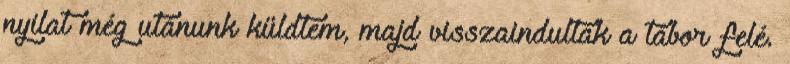
nyilat még utánunk küldtem, majd visszaindultak a tábor felé.